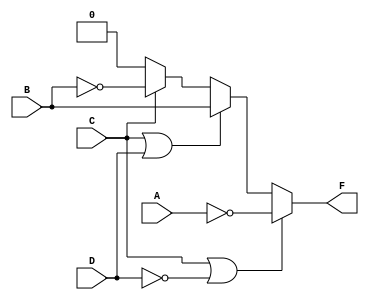
module systemx(
    output reg F,
    input wire A, B, C, D
);
    wire A0, B0;
  
  	assign A0 = ~A;
  	assign B0 = ~B;

    always @ (C, D) begin
        if (C | D == 2'b00)
            F <= A0;
        else if (C | D == 2'b01)
            F <= B;
        else if (C | D == 2'b10)
            F <= B0;
        else
            F <= 1'b0;
    end
endmodule